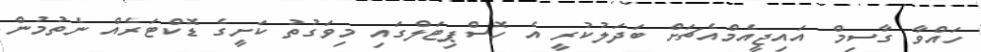
ހައްވާ ގާސިމް އައިޖީއެމްއެޗަށް ބަދަލުކުރީ އެ ހޮސްޕިޓަލްގައި މިވަގުތު ކަށީގެ ޑޮކްޓަރެއް ނެތުމުން